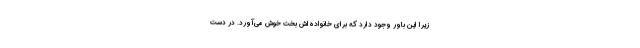
زیرا این باور وجود دارد که برای خانواده‌اش بخت خوش می‌آورد. در دست